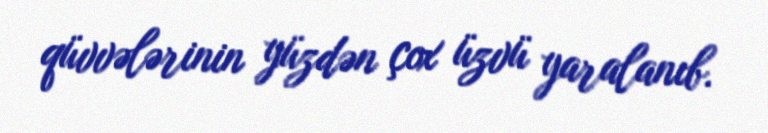
qüvvələrinin yüzdən çox üzvü yaralanıb.